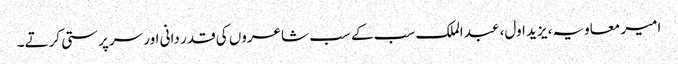
امیر معاویہ، یزید اول، عبد الملک سب کے سب شاعروں کی قدر دانی اور سرپرستی کرتے۔